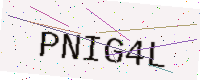
Text: PNIG4L